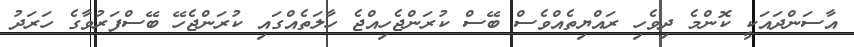
އާސަންދައަކީ ކޮންމެ ދިވެހި ރައްޔިތެއްވެސް ބޭސް ކުރަންޖެހިއްޖެ ހާލަތެއްގައި ކުރަންޖެހޭ ބޭސްފަރުވާގެ ހަރަދު